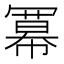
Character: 冪